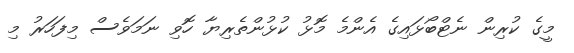
މީގެ ކުރިން ނެޓްބޯޅައިގެ އެންމެ މޮޅު ކުޅުންތެރިޔާ ހޮވި ނަމަވެސް މިފަހަރު މި